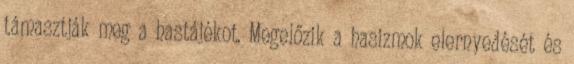
támasztják meg a hastájékot. Megelőzik a hasizmok elernyedését és